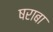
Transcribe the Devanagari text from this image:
षराबा